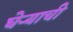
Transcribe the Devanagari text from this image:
घेऱ्याची